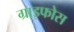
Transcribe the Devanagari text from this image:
ग्राइफोस